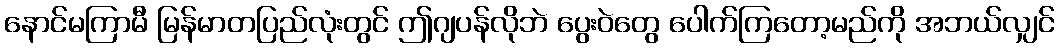
နောင်မကြာမီ မြန်မာတပြည်လုံးတွင် ဤဂျပန်လိုဘဲ ပွေးဝဲတွေ ပေါက်ကြတော့မည်ကို အဘယ်လျှင်